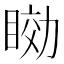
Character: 𥇟